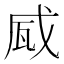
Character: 𤬹